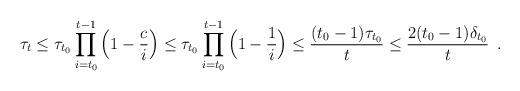
LaTeX: \begin{align*}\tau_{t}\leq \tau_{t_{0}}\prod_{i={t_{0}}}^{t-1}\Big(1-\frac{c}{i}\Big)\leq \tau_{t_{0}}\prod_{i={t_{0}}}^{t-1}\Big(1-\frac{1}{i}\Big)\le \frac{(t_{0}-1)\tau_{t_{0}}}{t}\le \frac{2(t_{0}-1)\delta_{t_{0}}}{t}\enspace.\end{align*}